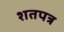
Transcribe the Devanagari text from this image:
शतपत्र